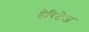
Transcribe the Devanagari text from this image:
हेरिटेज